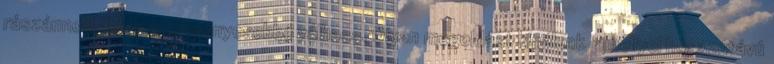
rászánnod, hogy eredményesebbé válhass. Olyan megoldást kínálunk, amellyel hosszútávú